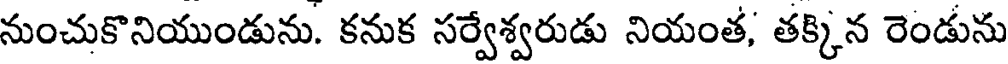
నుంచుకొనియుండును. కనుక సర్వేశ్వరుడు నియంత, తక్కిన రెండును